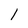
Character: 1